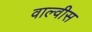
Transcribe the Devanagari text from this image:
वाल्वीस